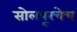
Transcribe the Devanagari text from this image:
सोलपूरचेच